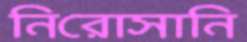
নিরোসানি